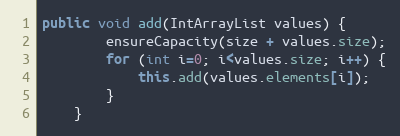
Language: Java
public void add(IntArrayList values) {
        ensureCapacity(size + values.size);
        for (int i=0; i<values.size; i++) {
            this.add(values.elements[i]);
        }
    }